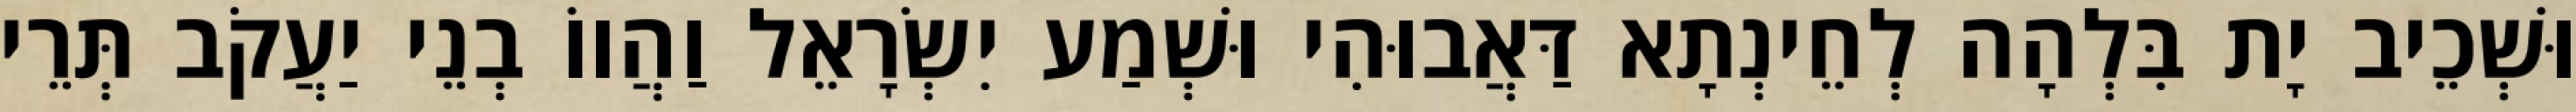
וּשְׁכֵיב יָת בִּלְהָה לְחֵינְתָא דַּאֲבוּהִי וּשְׁמַע יִשְׂרָאֵל וַהֲווֹ בְנֵי יַעֲקֹב תְּרֵי